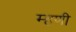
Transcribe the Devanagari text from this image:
म्‍हणी